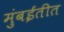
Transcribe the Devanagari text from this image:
मुंबईतीत